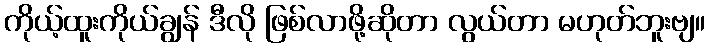
ကိုယ့်ထူးကိုယ်ချွန် ဒီလို ဖြစ်လာဖို့ဆိုတာ လွယ်တာ မဟုတ်ဘူးဗျ။